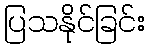
ပြသနိုင်ခြင်း